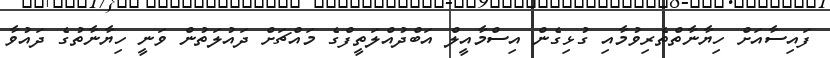
ފައިސާއަށް ހިޔާނާތްތެރިވުމާއި ގުޅިގެން އިސްމާއީލް އަބްދުއްލަތީފްގެ މައްޗަށް ދައުލަތުން ވަނީ ހިޔާނާތުގެ ދައުވާ